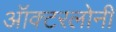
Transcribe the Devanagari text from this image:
ऑक्टरलोनी